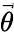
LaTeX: \vec{\theta}